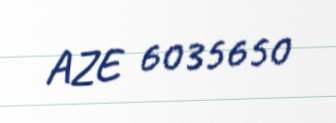
AZE 6035650